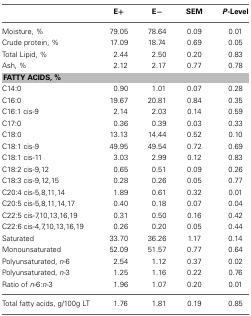
|  | E+ | E− | SEM | P-Level |
 | --- | --- | --- | --- | --- |
 | Moisture, % | 79.05 | 78.64 | 0.09 | 0.01 |
 | Crude protein, % | 17.09 | 18.74 | 0.69 | 0.05 |
 | Total Lipid, % | 2.44 | 2.50 | 0.20 | 0.83 |
 | Ash, % | 2.12 | 2.17 | 0.77 | 0.78 |
 | <COLSPAN=5> FATTY ACIDS, % |
 | C14:0 | 0.90 | 1.01 | 0.07 | 0.28 |
 | C16:0 | 19.67 | 20.81 | 0.84 | 0.35 |
 | C16:1 cis-9 | 2.14 | 2.03 | 0.14 | 0.59 |
 | C17:0 | 0.36 | 0.39 | 0.03 | 0.33 |
 | C18:0 | 13.13 | 14.44 | 0.52 | 0.10 |
 | C18:1 cis-9 | 49.95 | 49.54 | 0.72 | 0.69 |
 | C18:1 cis-11 | 3.03 | 2.99 | 0.12 | 0.83 |
 | C18:2 cis-9,12 | 0.65 | 0.51 | 0.09 | 0.26 |
 | C18:3 cis-9,12,15 | 0.28 | 0.26 | 0.05 | 0.77 |
 | C20:4 cis-5,8,11,14 | 1.89 | 0.61 | 0.32 | 0.01 |
 | C20:5 cis-5,8,11,14,17 | 0.40 | 0.18 | 0.07 | 0.04 |
 | C22:5 cis-7,10,13,16,19 | 0.31 | 0.50 | 0.16 | 0.42 |
 | C22:6 cis-4,7,10,13,16,19 | 0.26 | 0.20 | 0.05 | 0.44 |
 | Saturated | 33.70 | 36.26 | 1.17 | 0.14 |
 | Monounsaturated | 52.09 | 51.57 | 0.77 | 0.64 |
 | Polyunsaturated, n-6 | 2.54 | 1.12 | 0.37 | 0.02 |
 | Polyunsaturated, n-3 | 1.25 | 1.16 | 0.22 | 0.76 |
 | Ratio of n-6:n-3 | 1.96 | 1.07 | 0.20 | 0.01 |
 | Total fatty acids, g/100g LT | 1.76 | 1.81 | 0.19 | 0.85 |